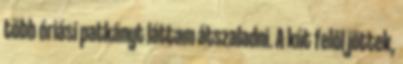
több óriási patkányt láttam átszaladni. A kút felől jöttek,